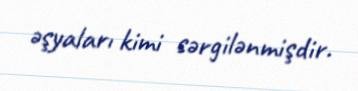
əşyaları kimi sərgilənmişdir.